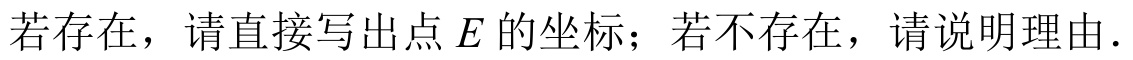
若存在，请直接写出点\(E\)的坐标；若不存在，请说明理由.